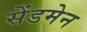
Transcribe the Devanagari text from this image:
सेंडमेन